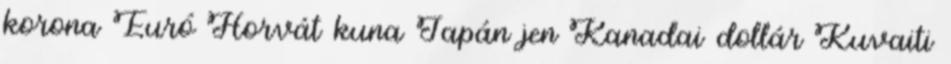
korona Euró Horvát kuna Japán jen Kanadai dollár Kuvaiti